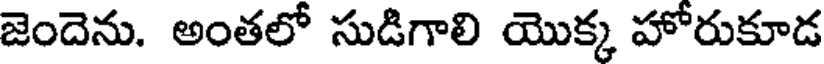
జెందెను. అంతలో సుడిగాలి యొక్క హోరుకూడ